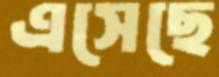
এসেছে